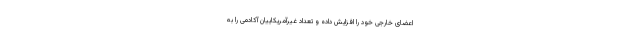
اعضای خارجی خود را افزایش داده و تعداد غیرآمریکاییان آکادمی را به